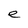
Character: e